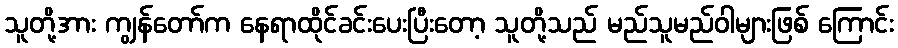
သူတို့အား ကျွန်တော်က နေရာထိုင်ခင်းပေးပြီးတော့ သူတို့သည် မည်သူမည်ဝါများဖြစ် ကြောင်း